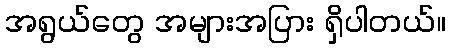
အရွယ်တွေ အများအပြား ရှိပါတယ်။